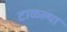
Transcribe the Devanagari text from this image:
टाळल्या